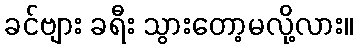
ခင်ဗျား ခရီး သွားတော့မလို့လား။